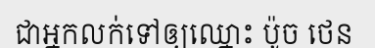
ជាអ្នកលក់ទៅឲ្យឈ្នោះ ប៉ូច ថេន